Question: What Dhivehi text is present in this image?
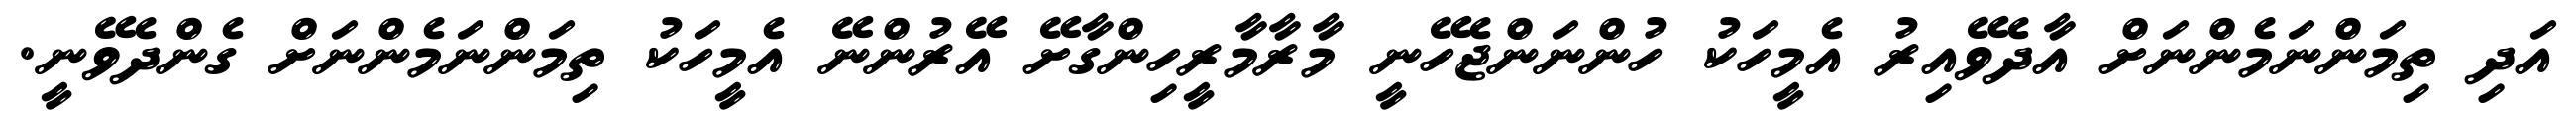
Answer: އަދި ތިމަންނަމެންނަށް އާދެވޭއިރު އެމީހަކު ހުންނަންޖެހޭނީ މާރާމާރީހިންގާށޭ އޭރުންނޭ އެމީހަކު ތިމަންނަމެންނަށް ގެންދެވޭނީ.